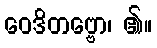
ဝေဒိတဗ္ဗော၊ ၏။